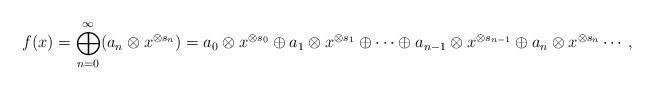
LaTeX: \begin{align*}f(x)=\bigoplus_{n=0}^{\infty}(a_{n}\otimes x^{\otimes s_{n}})=a_{0}\otimes x^{\otimes s_{0}}\oplus a_{1}\otimes x^{\otimes s_{1}}\oplus\cdots\oplus a_{n-1}\otimes x^{\otimes s_{n-1}} \oplus a_{n}\otimes x^{\otimes s_{n}} \cdots ,\end{align*}